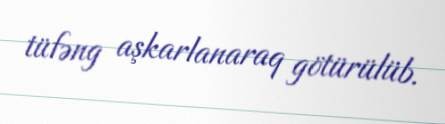
tüfəng aşkarlanaraq götürülüb.